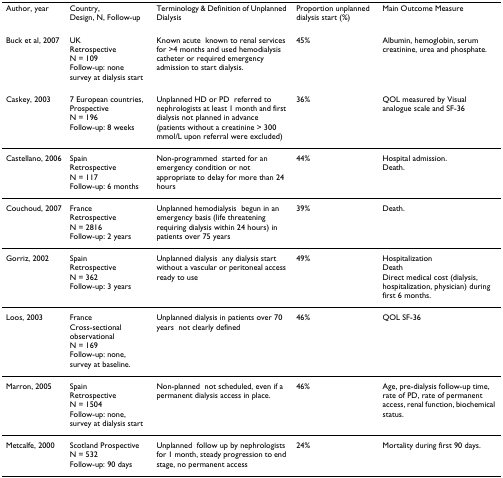
| Author, year | Country,Design, N, Follow-up | Terminology & Definition of Unplanned Dialysis | Proportion unplanned dialysis start (%) | Main Outcome Measure |
 | --- | --- | --- | --- | --- |
 | Buck et al, 2007 | UKRetrospectiveN = 109Follow-up: none - survey at dialysis start | Known acute - known to renal services for >4 months and used hemodialysis catheter or required emergency admission to start dialysis. | 45% | Albumin, hemoglobin, serum creatinine, urea and phosphate. |
 | Caskey, 2003 | 7 European countries,ProspectiveN = 196Follow-up: 8 weeks | Unplanned HD or PD - referred to nephrologists at least 1 month and first dialysis not planned in advance (patients without a creatinine > 300 mmol/L upon referral were excluded) | 36% | QOL measured by Visual analogue scale and SF-36 |
 | Castellano, 2006 | SpainRetrospectiveN = 117Follow-up: 6 months | Non-programmed - started for an emergency condition or not appropriate to delay for more than 24 hours | 44% | Hospital admission.Death. |
 | Couchoud, 2007 | FranceRetrospectiveN = 2816Follow-up: 2 years | Unplanned hemodialysis - begun in an emergency basis (life threatening requiring dialysis within 24 hours) in patients over 75 years | 39% | Death. |
 | Gorriz, 2002 | SpainRetrospectiveN = 362Follow-up: 3 years | Unplanned dialysis - any dialysis start without a vascular or peritoneal access ready to use | 49% | HospitalizationDeathDirect medical cost (dialysis, hospitalization, physician) during first 6 months. |
 | Loos, 2003 | FranceCross-sectional observationalN = 169Follow-up: none, survey at baseline. | Unplanned dialysis in patients over 70 years - not clearly defined | 46% | QOL SF-36 |
 | Marron, 2005 | SpainRetrospectiveN = 1504Follow-up: none, survey at dialysis start | Non-planned - not scheduled, even if a permanent dialysis access in place. | 46% | Age, pre-dialysis follow-up time, rate of PD, rate of permanent access, renal function, biochemical status. |
 | Metcalfe, 2000 | Scotland ProspectiveN = 532Follow-up: 90 days | Unplanned - follow up by nephrologists for 1 month, steady progression to end stage, no permanent access | 24% | Mortality during first 90 days. |